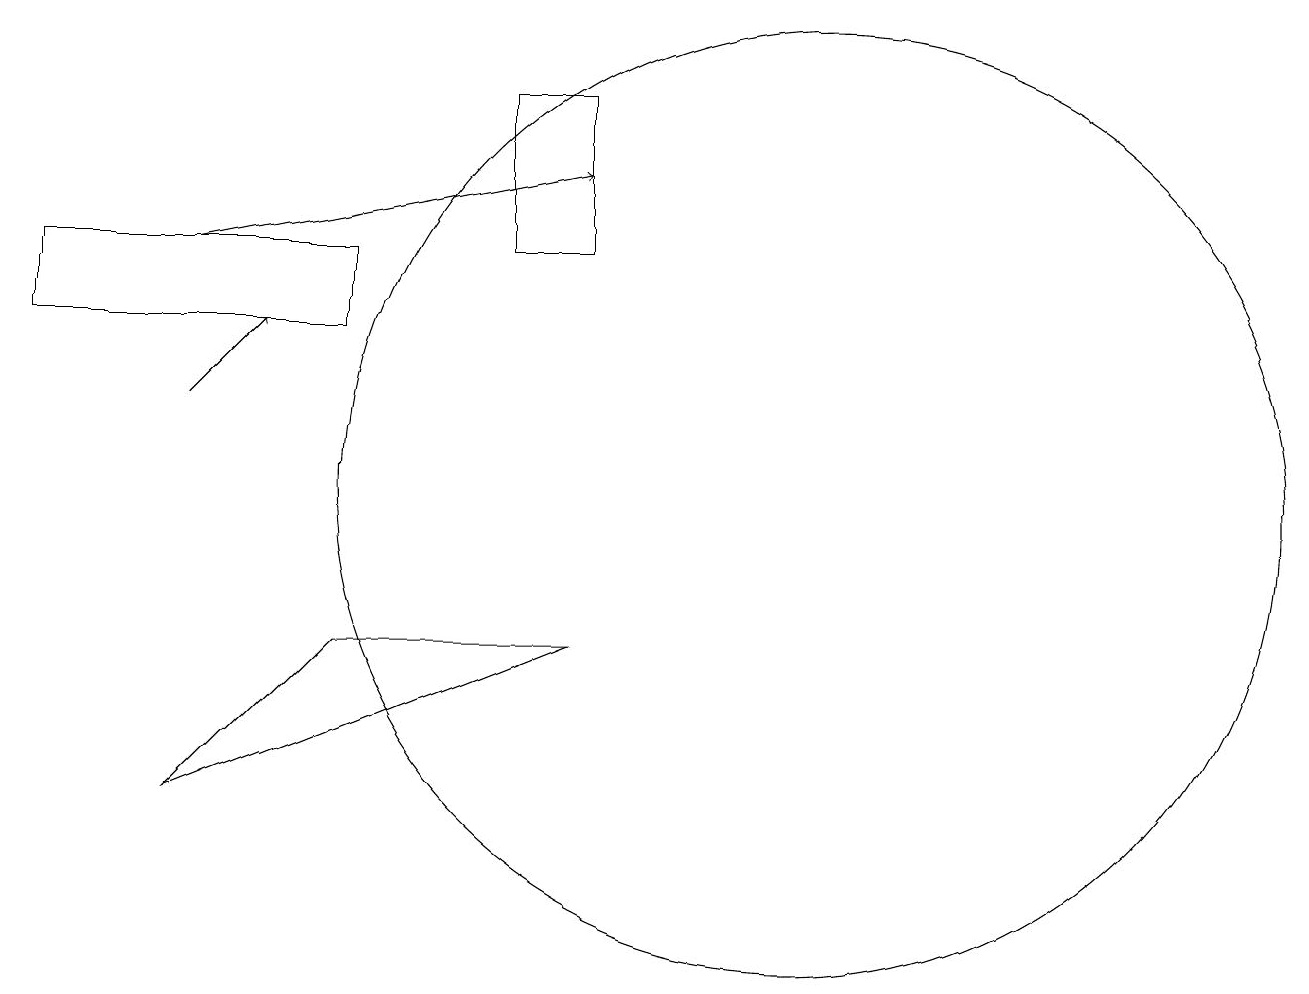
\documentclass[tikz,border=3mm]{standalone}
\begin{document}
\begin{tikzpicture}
\draw[->] (3,13) -- (8,14);
\draw (11,10) circle (6);
\draw (7,15) rectangle (8,13);
\draw (3,6) -- (8,8) -- (5,8) -- cycle;
\draw (5,12) rectangle (1,13);
\draw[->] (3,11) -- (4,12);
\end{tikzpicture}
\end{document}